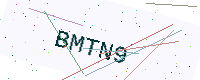
Text: BMTN9